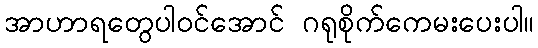
အာဟာရတွေပါဝင်အောင် ဂရုစိုက်ကေမးပေးပါ။